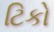
ટિકો